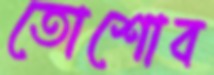
তোশোব